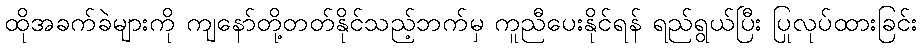
ထိုအခက်ခဲများကို ကျနော်တို့တတ်နိုင်သည့်ဘက်မှ ကူညီပေးနိုင်ရန် ရည်ရွယ်ပြီး ပြုလုပ်ထားခြင်း